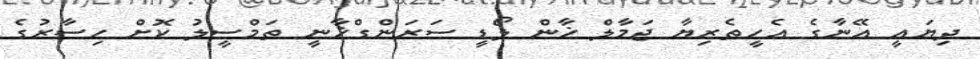
ދިޔައީ އޭނާގެ އެހީތެރިޔާ ޖަމާލް ޚާން ލޯޑީ ސަރަންގްޚާނީ ތަމްސީލު ކޮށް ހިސާރުގެ